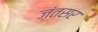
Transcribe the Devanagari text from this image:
ज़ंतसर